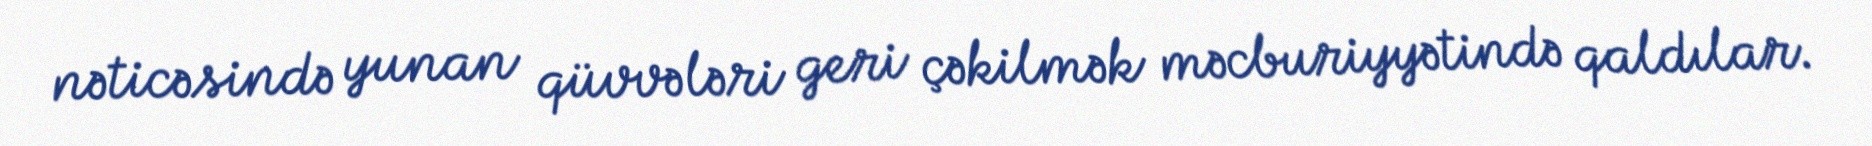
nəticəsində yunan qüvvələri geri çəkilmək məcburiyyətində qaldılar.